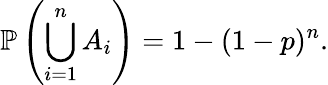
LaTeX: \mathbb{P}\left(\bigcup_{i=1}^{n}A_{i}\right)=1-(1-p)^{n}.